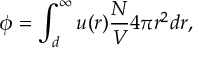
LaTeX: \phi = \int _ { d } ^ { \infty } u ( r ) { \frac { N } { V } } 4 \pi r ^ { 2 } d r ,